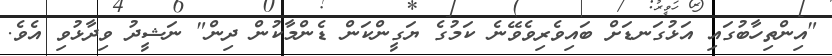
"އިންތިހާބުގައި އަޅުގަނޑަށް ބައިވެރިވެވޭނެ ކަމުގެ ޔަގީންކަން ޑެންމާކުން ދިން" ނަޝީދު ވިދާޅުވި އެވެ.